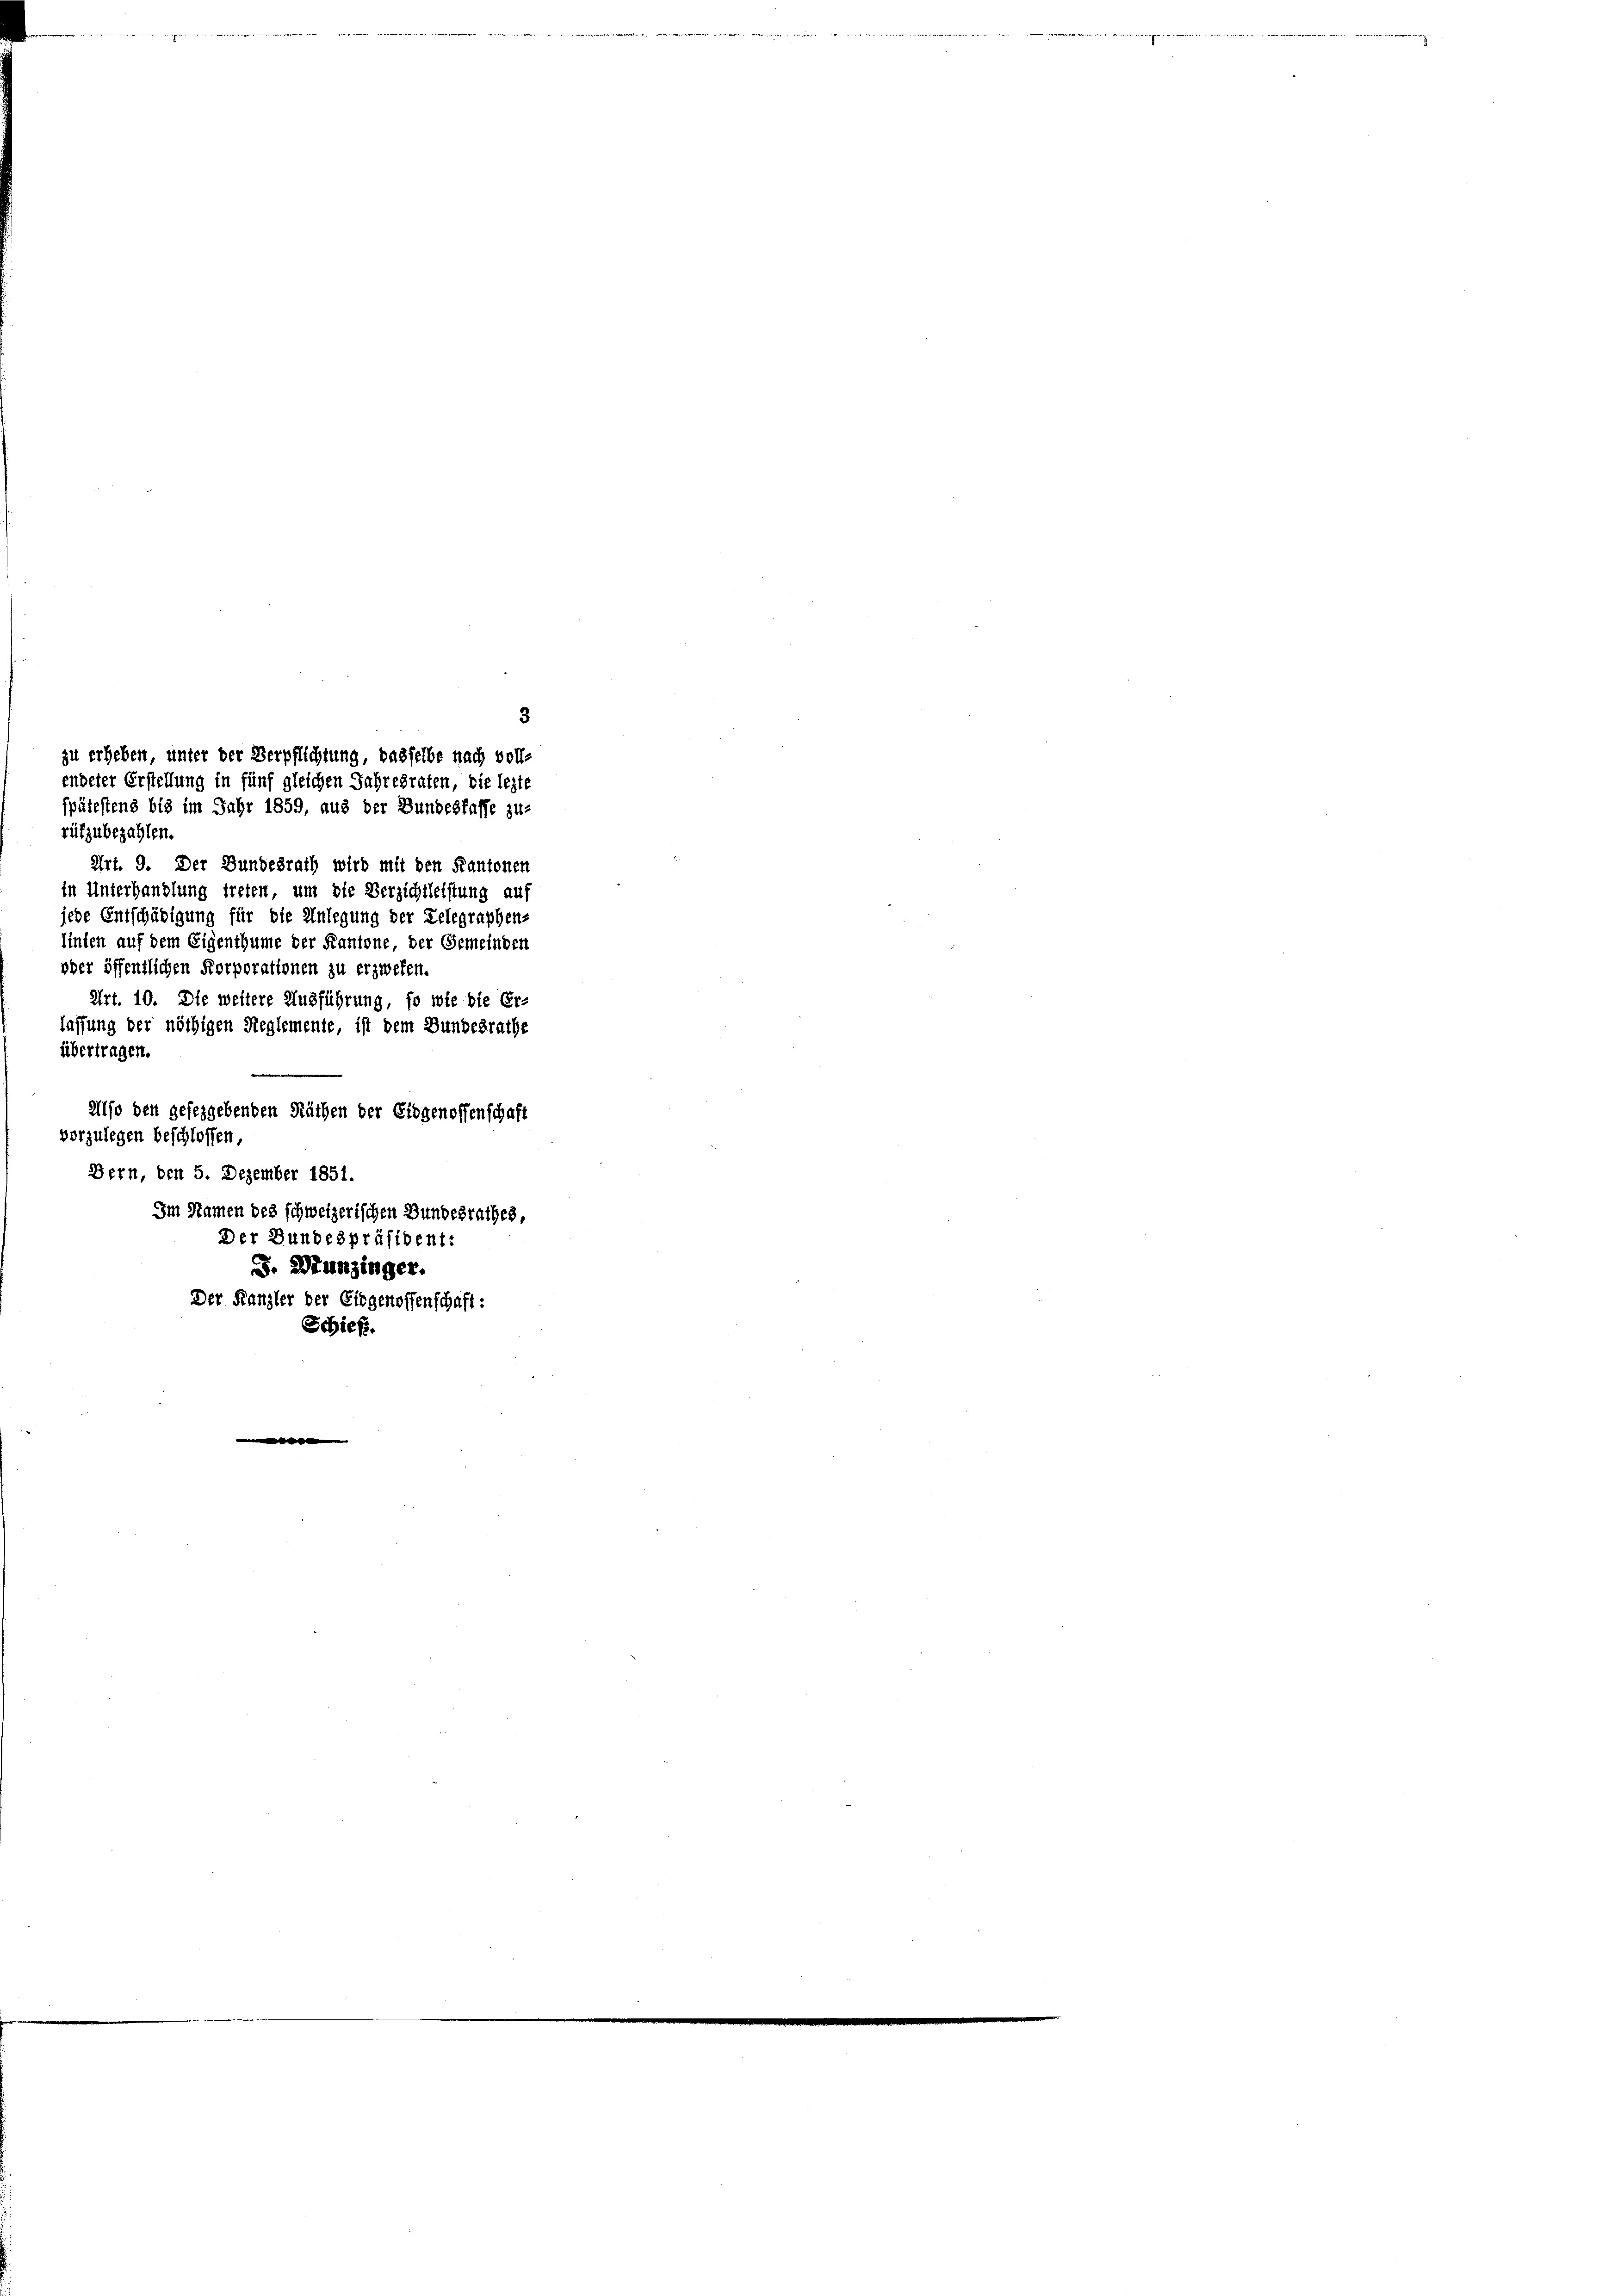
3
alfo den geseggebenden Räthen der Eidgenossenschaft
vorzulegen beschlossen,
Bern, den 5. Dezember 1851.
Im Namen des schweizerischen Bundesrathes,
Der Bundespräsident:
J. Hunzinger.
Der Kanzler der Eidgenossenschaft:
Schieß.

zu erheben, unter der Verpflichtung, dasselbe nach voll-
endeter Erstellung in fünf gleichen Jahresraten, die lezte
spätestens bis im Jahr 1859, aus der Bundesfasse zu-
Art. 9. Der Bundesrath wird mit den Kantonen
in Unterhandlung treten, um die Verzichtleistung auf
jede Entschädigung für die Anlegung der Delegraphens
linien auf dem Eigenthume der Kantone, der Gemeinden
oder öffentlichen Korporationen zu erzweten.
Art. 10. Die weitere Ausführung, so wie die Er-
lassung der nöthigen Reglemente, ist dem Bundesrathe
übertragen.

rufzubezahlen.